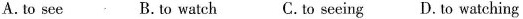
A.to see B.to watch C.to seeing D.To watching